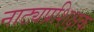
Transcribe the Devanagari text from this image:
नाट्यप्रशिक्षक